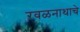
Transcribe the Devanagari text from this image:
रवळनाथाचे